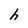
Character: h